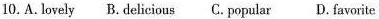
10.A. lovely B. delicious C. popular D. favorite